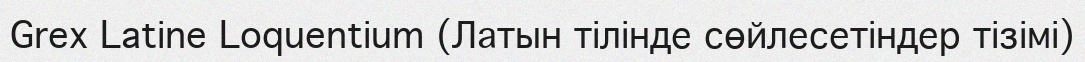
Grex Latine Loquentium (Латын тілінде сөйлесетіндер тізімі)